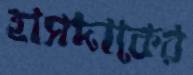
হাসদাকের